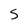
Character: S